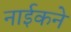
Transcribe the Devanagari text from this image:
नाईकने